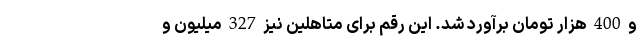
و 400 هزار تومان برآورد شد. این رقم برای متاهلین نیز 327 میلیون و